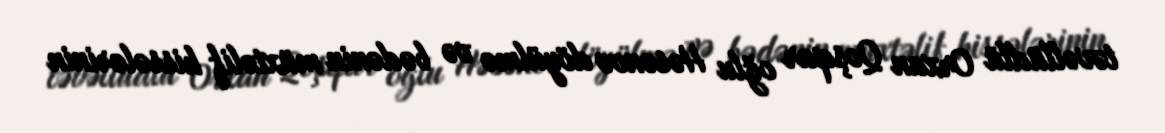
təvəllüdlü Orxan Qoşqar oğlu Həsənov döyülmə və bədənin müxtəlif hissələrinin